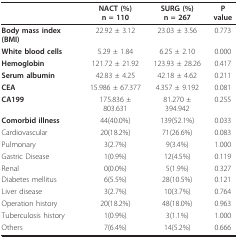
<table><thead><tr><td></td><td><b>NACT (%)n = 110</b></td><td><b>SURG (%)n = 267</b></td><td><b>P value</b></td></tr></thead><tbody><tr><td><b>Body mass index (BMI)</b></td><td>22.92 ± 3.12</td><td>23.03 ± 3.56</td><td>0.773</td></tr><tr><td><b>White blood cells</b></td><td>5.29 ± 1.84</td><td>6.25 ± 2.10</td><td>0.000</td></tr><tr><td><b>Hemoglobin</b></td><td>121.72 ± 21.92</td><td>123.93 ± 28.26</td><td>0.417</td></tr><tr><td><b>Serum albumin</b></td><td>42.83 ± 4.25</td><td>42.18 ± 4.62</td><td>0.211</td></tr><tr><td><b>CEA</b></td><td>15.986 ± 67.377</td><td>4.357 ± 9.192</td><td>0.081</td></tr><tr><td><b>CA199</b></td><td>175.836 ± 803.631</td><td>81.270 ± 394.942</td><td>0.255</td></tr><tr><td><b>Comorbid illness</b></td><td>44(40.0%)</td><td>139(52.1%)</td><td>0.033</td></tr><tr><td>Cardiovascular</td><td>20(18.2%)</td><td>71(26.6%)</td><td>0.083</td></tr><tr><td>Pulmonary</td><td>3(2.7%)</td><td>9(3.4%)</td><td>1.000</td></tr><tr><td>Gastric Disease</td><td>1(0.9%)</td><td>12(4.5%)</td><td>0.119</td></tr><tr><td>Renal</td><td>0(0.0%)</td><td>5(1.9%)</td><td>0.327</td></tr><tr><td>Diabetes mellitus</td><td>6(5.5%)</td><td>28(10.5%)</td><td>0.121</td></tr><tr><td>Liver disease</td><td>3(2.7%)</td><td>10(3.7%)</td><td>0.764</td></tr><tr><td>Operation history</td><td>20(18.2%)</td><td>48(18.0%)</td><td>0.963</td></tr><tr><td>Tuberculosis history</td><td>1(0.9%)</td><td>3(1.1%)</td><td>1.000</td></tr><tr><td>Others</td><td>7(6.4%)</td><td>14(5.2%)</td><td>0.666</td></tr></tbody></table>